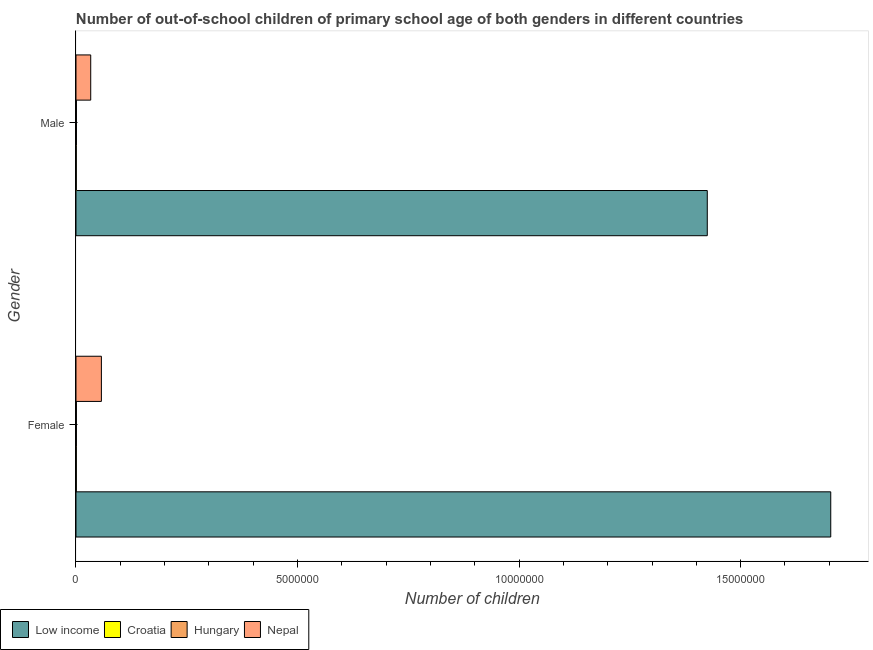
| Gender | Low income | Croatia | Hungary | Nepal |
 | --- | --- | --- | --- | --- |
 | Female | 1.7e+07 | 7.57e+03 | 9.32e+03 | 5.73e+05 |
 | Male | 1.42e+07 | 6.76e+03 | 1e+04 | 3.33e+05 |